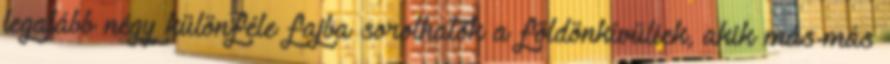
legalább négy különféle fajba sorolhatók a földönkívüliek, akik más-más